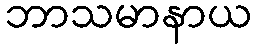
ဘာသမာနာယ